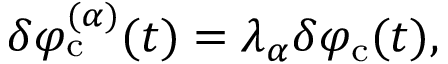
\delta \varphi _ { \mathrm { c } } ^ { ( \alpha ) } ( t ) = \lambda _ { \alpha } \delta \varphi _ { \mathrm { c } } ( t ) ,